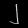
Digit: ၂